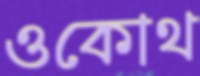
ওকোথ